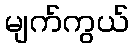
မျက်ကွယ်